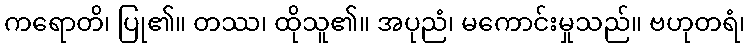
ကရောတိ၊ ပြု၏။ တဿ၊ ထိုသူ၏။ အပုညံ၊ မကောင်းမှုသည်။ ဗဟုတရံ၊